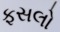
ફસલો